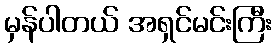
မှန်ပါတယ် အရှင်မင်းကြီး